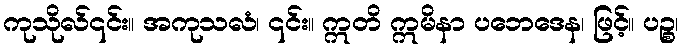
ကုသိုလ်၎င်း။ အကုသလံ၊ ၎င်း။ ဣတိ ဣမိနာ ပဘေဒေန၊ ဖြင့်။ ပဉ္စ၊